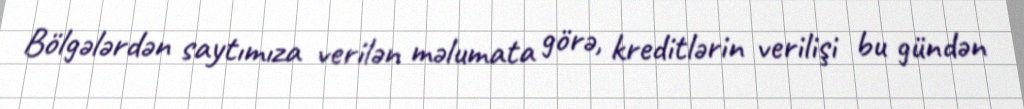
Bölgələrdən saytımıza verilən məlumata görə, kreditlərin verilişi bu gündən